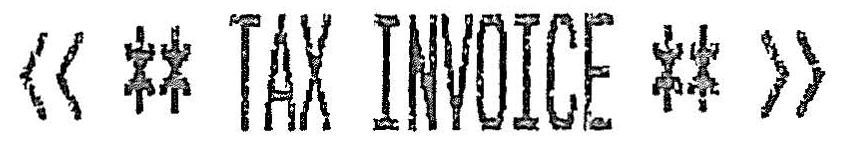
<< ** TAX INVOICE ** >>